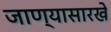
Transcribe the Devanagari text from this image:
जाण्यासारखे